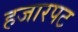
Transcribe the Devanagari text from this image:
हजारपट